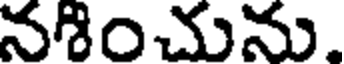
నగించును.